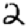
Digit: 2